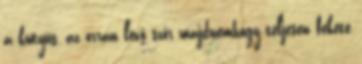
a kutyus, az orrán lévő szőr majdnemhogy teljesen fekete